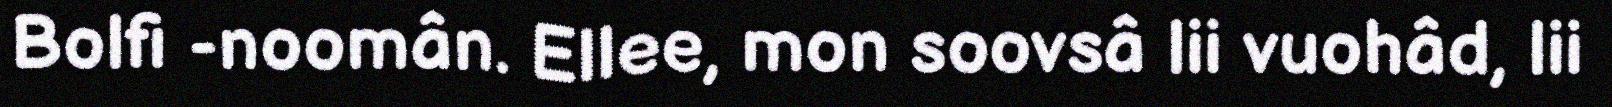
Bolfi -noomân. Ellee, mon soovsâ lii vuohâd, lii